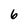
Character: 6